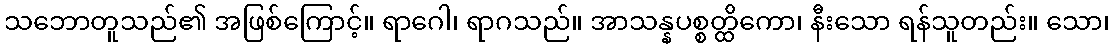
သဘောတူသည်၏ အဖြစ်ကြောင့်။ ရာဂေါ၊ ရာဂသည်။ အာသန္နပစ္စတ္ထိကော၊ နီးသော ရန်သူတည်း။ သော၊